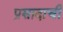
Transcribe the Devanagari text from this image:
प्रसादाची